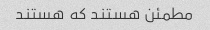
مطمئن هستند که هستند